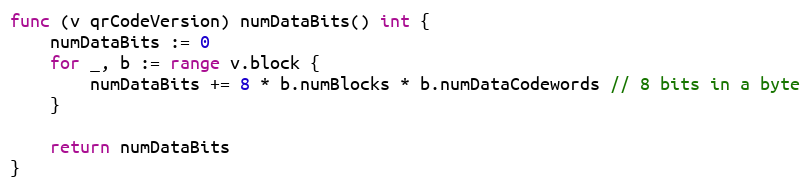
Language: Go
func (v qrCodeVersion) numDataBits() int {
	numDataBits := 0
	for _, b := range v.block {
		numDataBits += 8 * b.numBlocks * b.numDataCodewords // 8 bits in a byte
	}

	return numDataBits
}